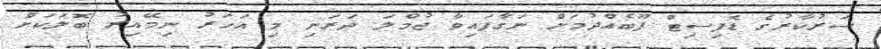
ސަރުކާރުގެ ޑެފިސިޓް ފޫބެއްދުމަށް ނަގާފައިވާ ޖުމްލަ ދަރަނި މި އަހަރު ނިމޭއިރު ބޮލަކަށް